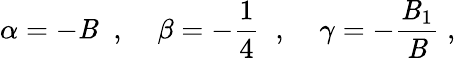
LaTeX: \alpha=-\mathit{B}\; \; ,\; \; \; \; \beta=-\frac{{1}}{{4}}\; \; ,\; \; \; \; \gamma=-\frac{{\mathit{B}_{1}}}{{\mathit{B}}}\; ,